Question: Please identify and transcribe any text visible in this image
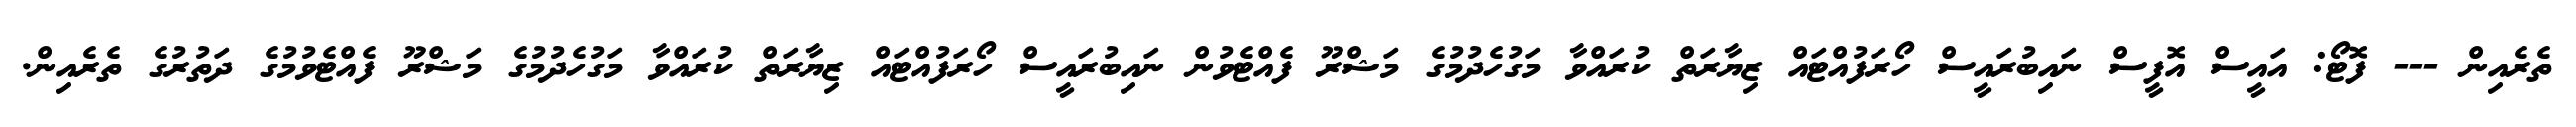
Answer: ތެރެއިން --- ފޮޓޯ: އައީސް އޮފީސް ނައިބުރައީސް ހޯރަފުއްޓައް ޒިޔާރަތް ކުރައްވާ މަގުހެދުމުގެ މަޝްރޫ ފެއްޓެވުން ނައިބުރައީސް ހޯރަފުއްޓައް ޒިޔާރަތް ކުރައްވާ މަގުހެދުމުގެ މަޝްރޫ ފެއްޓެވުމުގެ ދަތުރުގެ ތެރެއިން.